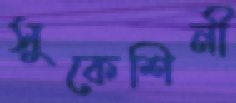
সুকেশিনী